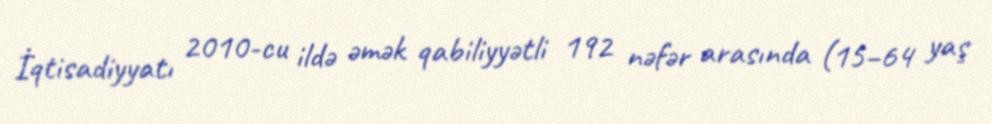
İqtisadiyyatı 2010-cu ildə əmək qabiliyyətli 192 nəfər arasında (15–64 yaş